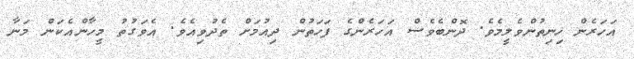
އަހަރެން ހިނިތުންވެލީމެވެ. ދޮންބެވެސް އަހަރެންގެ ފަހަތުން ދިއުމަށް ތެދުވިއެވެ. އެވަގުތު މީހާންއެކަން މަނާ